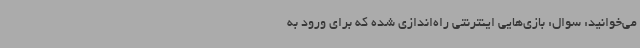
می‌خوانید: سوال: بازی‌هایی اینترنتی راه‌اندازی شده که برای ورود به